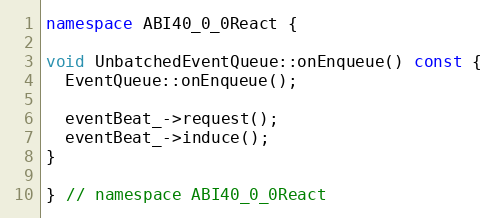
Language: C++
namespace ABI40_0_0React {

void UnbatchedEventQueue::onEnqueue() const {
  EventQueue::onEnqueue();

  eventBeat_->request();
  eventBeat_->induce();
}

} // namespace ABI40_0_0React